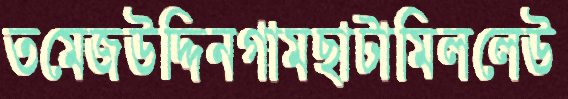
তমেজউদ্দিনগামছাটামিললেউ